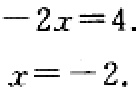
\[

-2x = 4. \\

x=-2.

\]